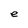
Character: e